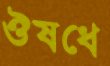
ঔষধে